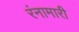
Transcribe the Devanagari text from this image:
रंनामारी